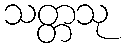
သတ္တသု